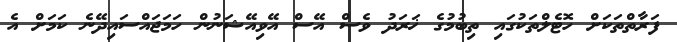
ފަރާތްތަކަށް ހޮޓެލްތަކުގައި ތިބުމުގެ ޚަރަދު ވެސް އޭސް އޭވިއޭޝަނުން ހަމަޖައްސައިދޭނެ ކަމަށް އެ